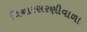
વિચારસરણીવાળા